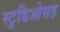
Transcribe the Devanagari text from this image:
स्टुडिओसह